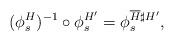
LaTeX: \begin{align*} (\phi^H_s)^{-1} \circ \phi^{H'}_s = \phi^{\overline{H} \sharp H'}_s,\end{align*}